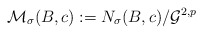
\begin{align*}\mathcal{M}_{\sigma}(B,c):= N_{\sigma}(B,c)/\mathcal{G}^{2,p}\end{align*}